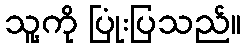
သူ့ကို ပြုံးပြသည်။